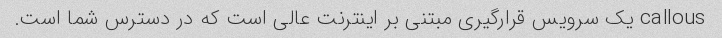
callous یک سرویس قرارگیری مبتنی بر اینترنت عالی است که در دسترس شما است.